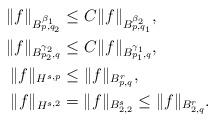
LaTeX: \begin{align*}\aligned \|f\|_{B^{\beta_1}_{p,q_2}}&\leq C\|f\|_{B^{\beta_2}_{p,q_1}},\\ \|f\|_{B^{\gamma_2}_{p_2,q}}&\leq C\|f\|_{B^{\gamma_1}_{p_1,q}},\\ \|f\|_{H^{s,p}}&\leq \|f\|_{B^r_{p,q}}, \\ \|f\|_{H^{s,2}}&=\|f\|_{B^s_{2,2}}\leq \|f\|_{B^{r}_{2,q}}.\endaligned\end{align*}